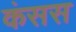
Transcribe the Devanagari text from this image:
कंसस